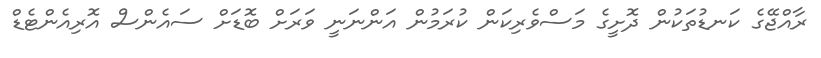
ރާއްޖޭގެ ކަނޑުތަކުން ދޮށީގެ މަސްވެރިކަން ކުރަމުން އަންނަނީ ވަރަށް ބޮޑަށް ސައެންސް އޮރިއެންޓެޑް